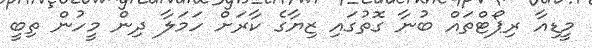
މީޑިއާ ރިޕޯޓްތައް ބުނާ ގޮތުގައި ޒިޔާގެ ކާރަށް ހަަމަލާ ދިން މީހުން ތިބީ